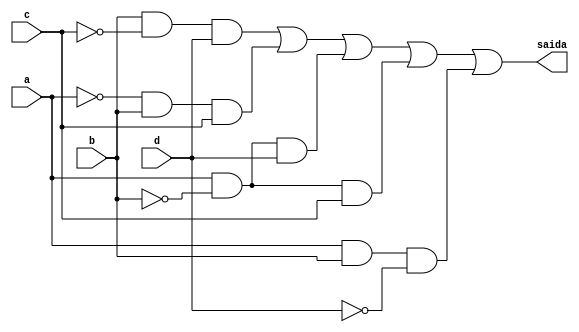
//--Nome: Paulo Henrique de Almeida Amorim - 412765--
//--questao g da prova--

module metodoprovag ( saida,a,b,c,d );

output saida;
input a,b,c,d;
wire temp1,temp2,temp3,temp4,temp5,temp6,temp7,temp8,temp9,temp10,temp11,temp12;


not NOT1 (temp1,b);
and AND1 (temp2,temp1,b,c);
not NOT2 (temp3,c);
and AND2 (temp4,b,temp3,d);
not NOT3 (temp5,a);
and AND3 (temp6,temp5,b,c);
not NOT4 (temp7,b);
and AND4 (temp8,a,temp7,d);
not NOT5 (temp9,b);
and AND5 (temp10,a,temp9,c);
not NOT6 (temp11,d);
and AND6 (temp12,a,b,temp11);
or OR1   (saida,temp2,temp4,temp6,temp8,temp10,temp12);

endmodule
 
module testprova1;
reg a,b,c,d;
wire saida;

metodoprovag PROVAG ( saida,a,b,c,d );

initial begin:start
        a=0; b=0; c=0; d=0;
end

initial begin: main
#1 $display (" Circuito da questao g ");
#1 $display (" a |  b |  c |  d  =  saida ");
  $monitor (" %b  | %b  | %b |  %b  =   %b ",a,b,c,d,saida);
           #1 a=0;    b=0;   c=0;   d=1;
			  #1 a=0;    b=0;   c=1;   d=0;
			  #1 a=0;    b=0;   c=1;   d=1;
			  #1 a=0;    b=1;   c=0;   d=0;
			  #1 a=0;    b=1;   c=0;   d=1;
			  #1 a=0;    b=1;   c=1;   d=0;
			  #1 a=0;    b=1;   c=1;   d=1;
			  #1 a=1;    b=0;   c=0;   d=0;
			  #1 a=1;    b=0;   c=0;   d=1;
			  #1 a=1;    b=0;   c=1;   d=0;
			  #1 a=1;    b=0;   c=1;   d=1;
			  #1 a=1;    b=1;   c=0;   d=0;
			  #1 a=1;    b=1;   c=0;   d=1;
			  #1 a=1;    b=1;   c=1;   d=0;
			  #1 a=1;    b=1;   c=1;   d=1;
			  
			  
			  
end
endmodule